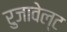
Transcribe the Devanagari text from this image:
रुजावेल्ट